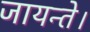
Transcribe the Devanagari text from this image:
जायन्ते।